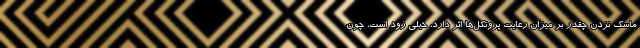
ماسک نزدن چقدر بر میزان رعایت پروتکل‌ها اثر دارد، خیلی زود است، چون